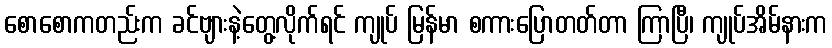
စောစောကတည်းက ခင်ဗျားနဲ့တွေ့လိုက်ရင် ကျုပ် မြန်မာ စကားပြောတတ်တာ ကြာပြီ၊ ကျုပ်အိမ်နားက